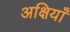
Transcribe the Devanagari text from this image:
अक्षियाँ